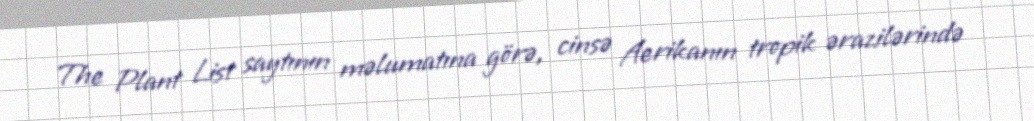
The Plant List saytının məlumatına görə, cinsə Aerikanın tropik ərazilərində